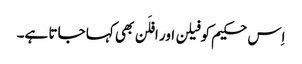
اِس حکیم کو فیلن اور افلَن بھی کہا جاتا ہے۔